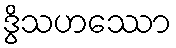
ဒွိသဟဿော